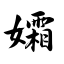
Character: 孀